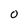
Character: O